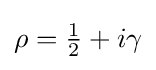
{\textstyle \rho ={\frac {1}{2}}+i\gamma }